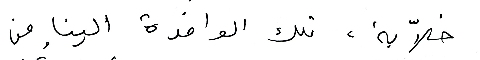
خلاّبة، تلك الوافدة الينا من